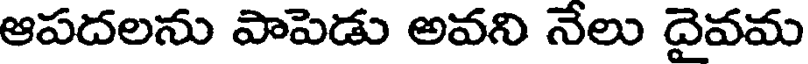
ఆపదలను పాపెడు అవని నేలు దైవమ